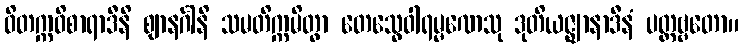
ဝိတက္ကဝိစာရာဒီနိ ဈာနင်္ဂါနိ သမတိက္ကမိတွာ တေသွေဝါရမ္မဏေသု ဒုတိယဇ္ဈာနာဒီနံ ပတ္တဗ္ဗတော။